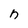
Character: n